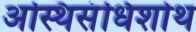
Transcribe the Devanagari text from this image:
अस्थिसंधिशोथ